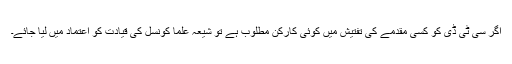
اگر سی ٹی ڈی کو کسی مقدمے کی تفتیش میں کوئی کارکن مطلوب ہے تو شیعہ علما کونسل کی قیادت کو اعتماد میں لیا جائے۔